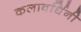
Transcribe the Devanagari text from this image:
कलावर्धिनी